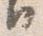
日